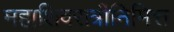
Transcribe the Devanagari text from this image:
महाशिवरात्रीनिमित्त